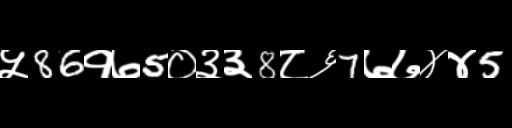
Text: ५86१७5०३३8८६7७७४४5